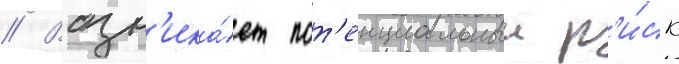
// Возн'ика́ет пот'енциальныи р'и́ск